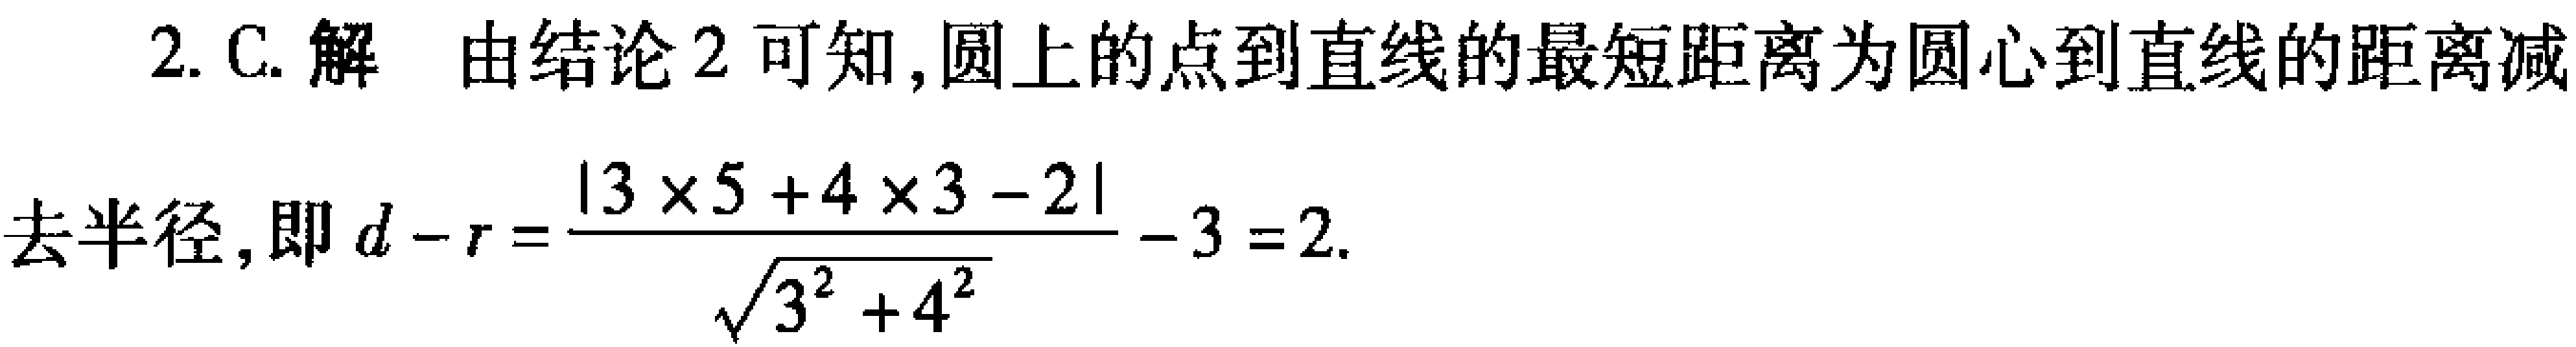
2. C. 解 由结论 2 可知,圆上的点到直线的最短距离为圆心到直线的距离减
去半径, 即 \(d - r=\frac{\vert 3\times 5 + 4\times 3 - 2\vert}{\sqrt{3^{2}+4^{2}}}-3 = 2\).